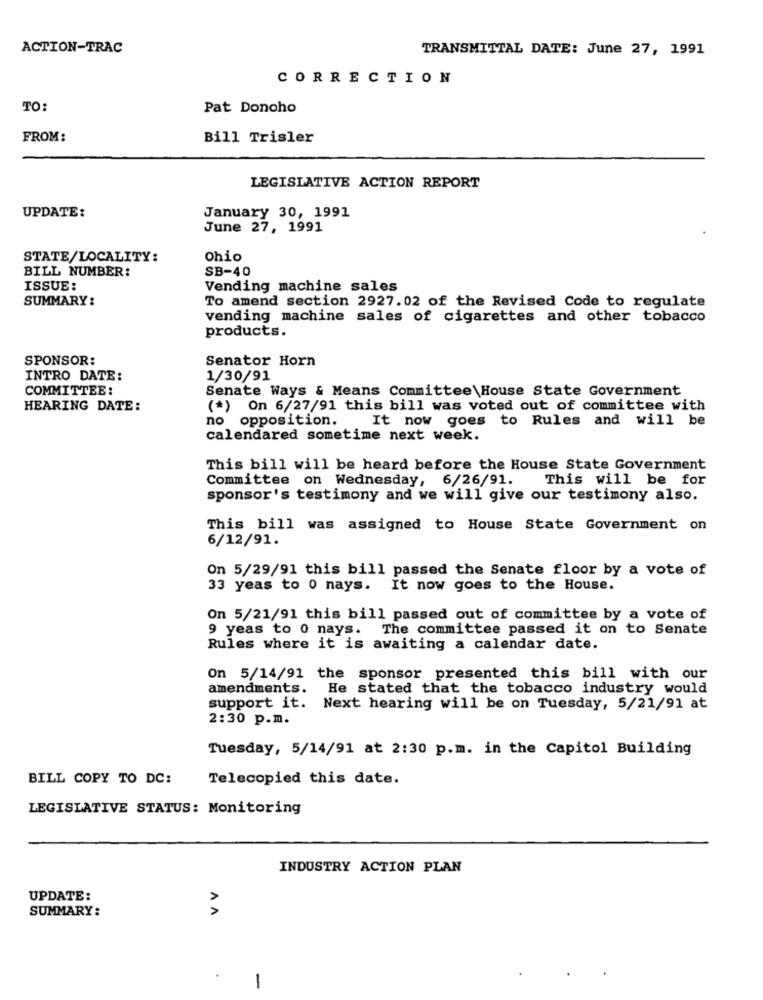
ACTION-TRAC
TRANSMITTAL DATE: June 27, 1991
CORRECTION
TO:
Pat Donoho
FROM:
Bill Trisler
LEGISLATIVE ACTION REPORT
UPDATE:
January 30, 1991
June 27, 1991
STATE/LOCALITY:
Ohio
BILL NUMBER:
SB-40
ISSUE:
Vending machine sales
SUMMARY:
To amend section 2927.02 of the Revised Code to regulate
vending machine sales of cigarettes and other tobacco
products.
SPONSOR:
Senator Horn
INTRO DATE:
1/30/91
COMMITTEE:
Senate Ways & Means Committee\House State Government
HEARING DATE:
(*) On 6/27/91 this bill was voted out of committee with
no opposition.
It now goes to Rules and will be
calendared sometime next week.
This bill will be heard before the House State Government
Committee on Wednesday, 6/26/91.
This will be for
sponsor's testimony and we will give our testimony also.
This bill was assigned to House State Government on
6/12/91.
On 5/29/91 this bill passed the Senate floor by a vote of
33 yeas to 0 nays. It now goes to the House.
On 5/21/91 this bill passed out of committee by a vote of
9 yeas to 0 nays. The committee passed it on to Senate
Rules where it is awaiting a calendar date.
On 5/14/91 the sponsor presented this bill with our
amendments. He stated that the tobacco industry would
support it. Next hearing will be on Tuesday, 5/21/91 at
2:30 p.m.
Tuesday, 5/14/91 at 2:30 p.m. in the Capitol Building
BILL COPY TO DC:
Telecopied this date.
LEGISLATIVE STATUS: Monitoring
INDUSTRY ACTION PLAN
UPDATE:
SUMMARY:
AN
-